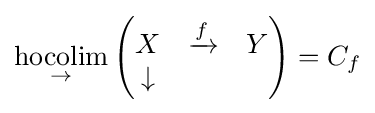
{\underset {\to }{\text{hocolim}}}\left({\begin{matrix}X&\xrightarrow {f} &Y\\\downarrow &&\\\end{matrix}}\right)=C_{f}